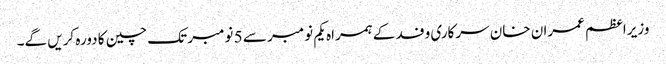
وزیراعظم عمران خان سرکاری وفد کے ہمراہ یکم نومبر سے 5 نومبر تک چین کا دورہ کریں گے۔